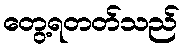
တွေ့ရတတ်သည်